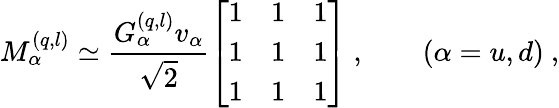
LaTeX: M_{\alpha}^{(q,l)}\simeq\frac{G_{\alpha}^{(q,l)}v_{\alpha}}{\sqrt{2}}\left[\begin{array}{ccc}{{1}}&{{1}}&{{1}}\\ {{1}}&{{1}}&{{1}}\\ {{1}}&{{1}}&{{1}}\end{array}\right]\ ,\qquad(\alpha=u,d)\ ,